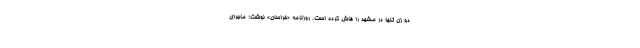
دو زن تنها در مشهد را فاش کرده است. روزنامه «خراسان» نوشت: ماجرای